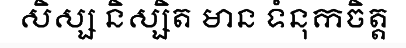
សិស្ស និស្សិត មាន ទំនុកចិត្ត